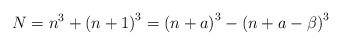
LaTeX: \begin{align*}N=n^{3}+\left(n+1\right)^{3}=\left(n+a\right)^{3}-\left(n+a-\beta\right)^{3}\end{align*}